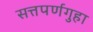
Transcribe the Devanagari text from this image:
सत्तपर्णगुहा